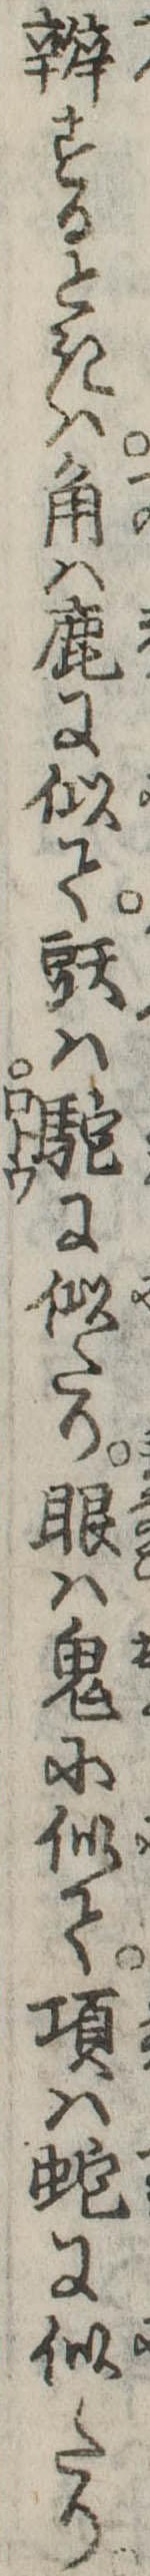
弁するときは角は鹿に似て頭は駝に似たり眼は鬼に似て項は蛇に似たり